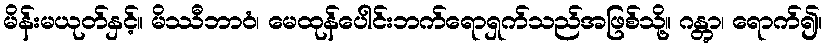
မိန်းမယုတ်နှင့်။ မိဿီဘာဝံ၊ မေထုန်ပေါင်းဘက်ရောရှက်သည်အဖြစ်သို့။ ဂန္တွာ၊ ရောက်၍။